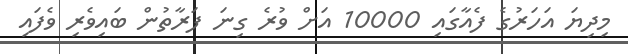
މިދިޔަ އަހަރުގެ ފެއާގައި 10000 އަށް ވުރެ ގިނަ ފަރާތުން ބައިވެރި ވެފައި